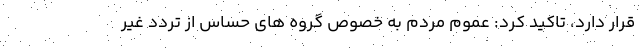
قرار دارد، تاکید کرد: عموم مردم به خصوص گروه های حساس از تردد غیر